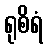
ရုစိရံ